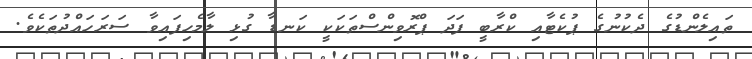
ތައިލެންޑުގެ ދެކުނުގެ ޕުކެޓާއި ކްރާބީ ފަދަ ޕްރޮވިންސްތަކަކީ ކަނޑާ ގުޅި ލާމެހިފައިވާ ސަރަހައްދުތަކެވެ.